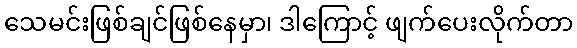
သေမင်းဖြစ်ချင်ဖြစ်နေမှာ၊ ဒါကြောင့် ဖျက်ပေးလိုက်တာ